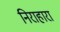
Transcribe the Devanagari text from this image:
निराहारा